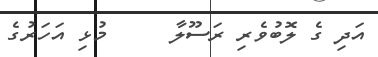
އަދި ގެ ލޮބުވެރި ރަސޫލާ     މުޅި އަހަރުގެ